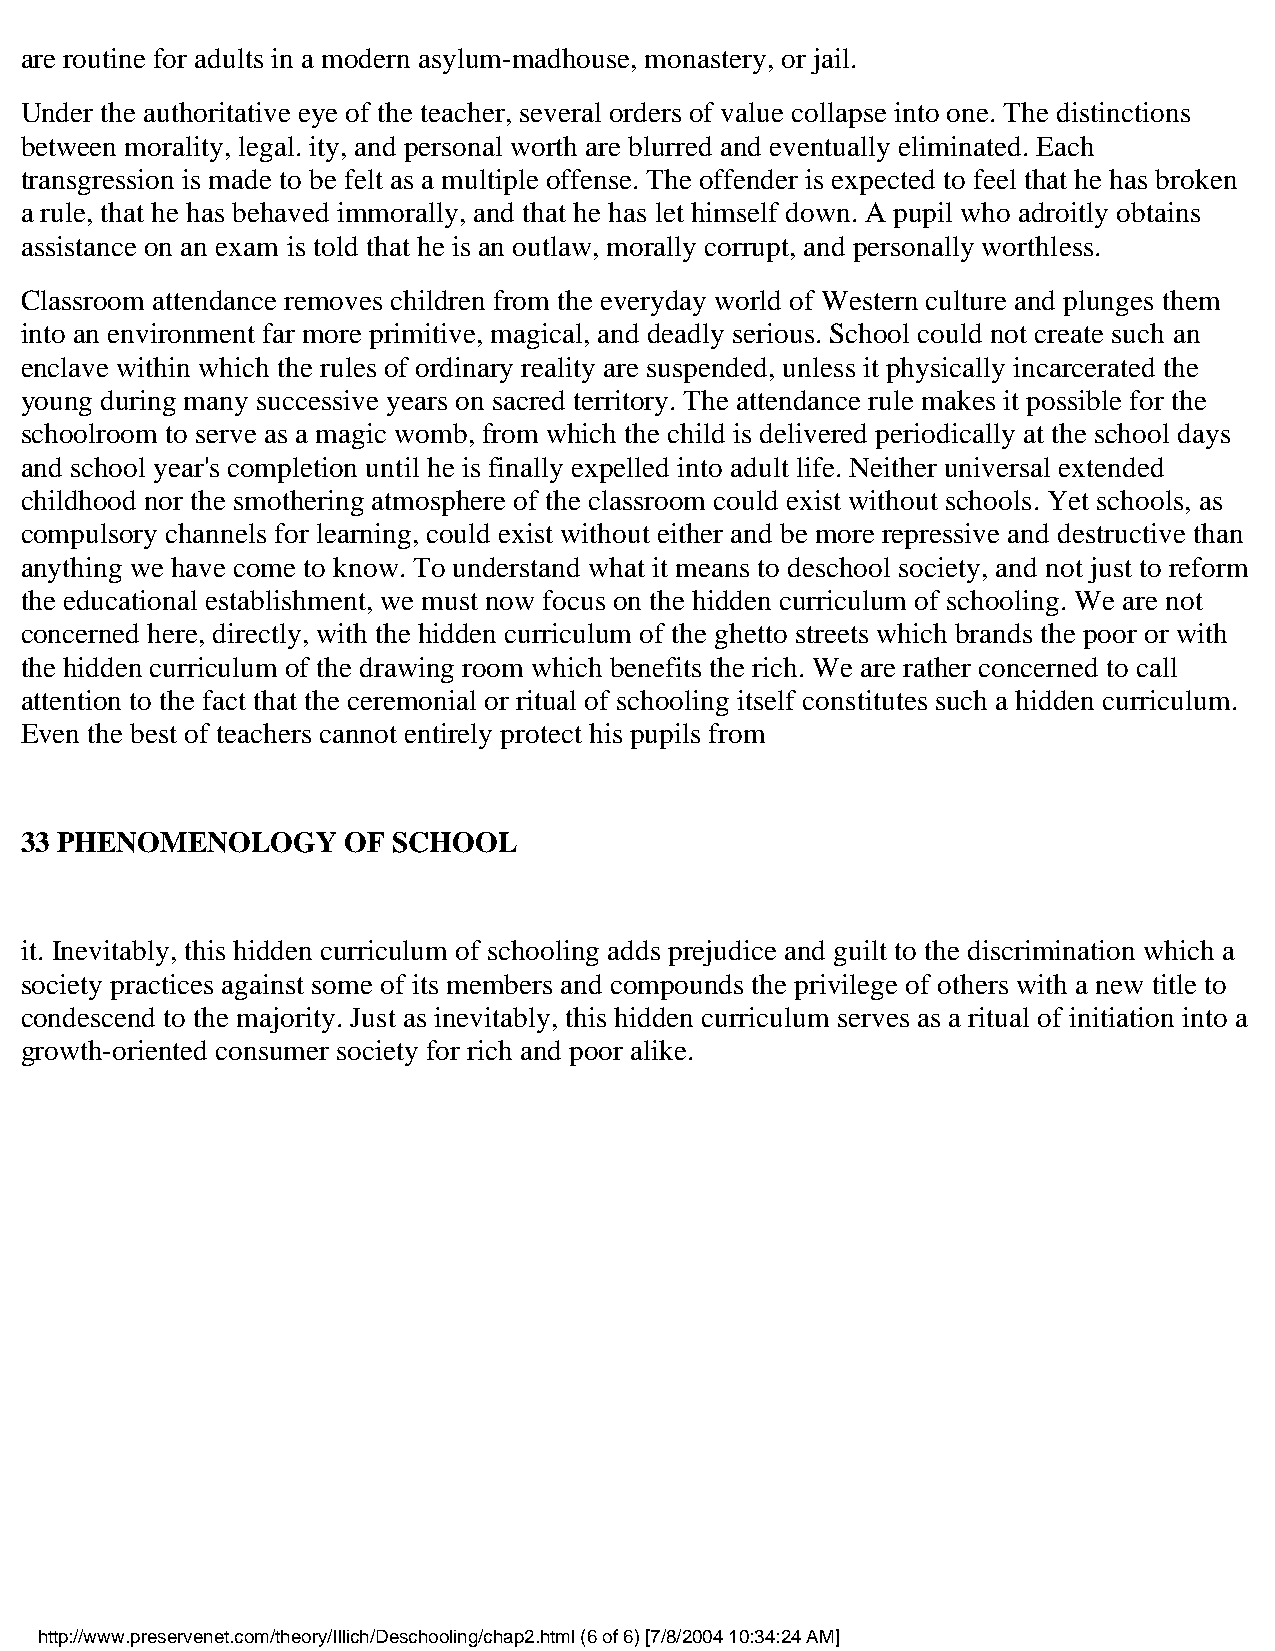
are routine for adults in a modern asylum-madhouse, monastery, or jail.
 Under the authoritative eye of the teacher, several orders of value collapse into one. The distinctions
 between morality, legal. ity, and personal worth are blurred and eventually eliminated. Each
 transgression is made to be felt as a multiple offense. The offender is expected to feel that he has broken
 a rule, that he has behaved immorally, and that he has let himself down. A pupil who adroitly obtains
 assistance on an exam is told that he is an outlaw, morally corrupt, and personally worthless.
 Classroom attendance removes children from the everyday world of Western culture and plunges them
 into an environment far more primitive, magical, and deadly serious. School could not create such an
 enclave within which the rules of ordinary reality are suspended, unless it physically incarcerated the
 young during many successive years on sacred territory. The attendance rule makes it possible for the
 schoolroom to serve as a magic womb, from which the child is delivered periodically at the school days
 and school year's completion until he is finally expelled into adult life. Neither universal extended
 childhood nor the smothering atmosphere of the classroom could exist without schools. Yet schools, as
 compulsory channels for learning, could exist without either and be more repressive and destructive than
 anything we have come to know. To understand what it means to deschool society, and not just to reform
 the educational establishment, we must now focus on the hidden curriculum of schooling. We are not
 concerned here, directly, with the hidden curriculum of the ghetto streets which brands the poor or with
 the hidden curriculum of the drawing room which benefits the rich. We are rather concerned to call
 attention to the fact that the ceremonial or ritual of schooling itself constitutes such a hidden curriculum.
 Even the best of teachers cannot entirely protect his pupils from
 33 PHENOMENOLOGY      OF SCHOOL
 it. Inevitably, this hidden curriculum of schooling adds prejudice and guilt to the discrimination which a
 society practices against some of its members and compounds the privilege of others with a new title to
 condescend to the majority. Just as inevitably, this hidden curriculum serves as a ritual of initiation into a
 growth-oriented consumer society for rich and poor alike.
 http://www.preservenet.com/theory/Illich/Deschooling/chap2.html (6 of 6) [7/8/2004 10:34:24 AM]